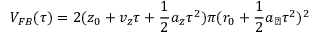
V _ { F B } ( \tau ) = 2 ( z _ { 0 } + v _ { z } \tau + \frac { 1 } { 2 } a _ { z } \tau ^ { 2 } ) \pi ( r _ { 0 } + \frac { 1 } { 2 } a _ { \perp } \tau ^ { 2 } ) ^ { 2 }